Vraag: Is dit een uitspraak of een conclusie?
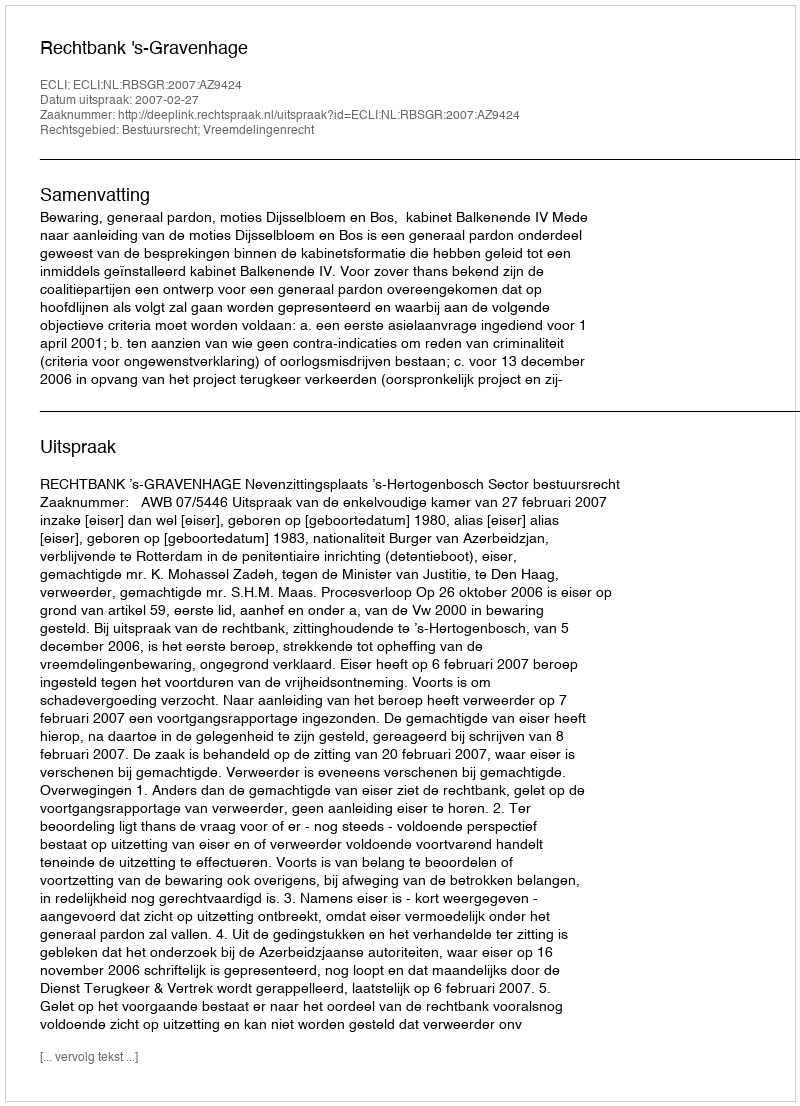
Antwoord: Uitspraak